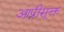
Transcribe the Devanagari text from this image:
आप्रीसूक्त